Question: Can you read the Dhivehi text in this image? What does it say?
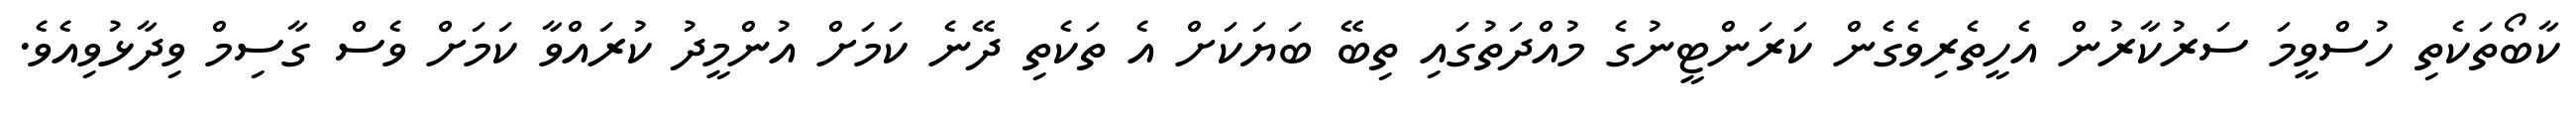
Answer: ކާބޯތަކެތި ހުސްވީމަ ސަރުކާރުން އެހީތެރިވެގެން ކަރަންޓީނުގެ މުއްދަތުގައި ތިބޭ ބަޔަކަށް އެ ތަކެތި ދޭނެ ކަމަށް އުންމީދު ކުރައްވާ ކަމަށް ވެސް ގާސިމް ވިދާޅުވިއެވެ.